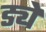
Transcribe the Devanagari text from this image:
ड्ये